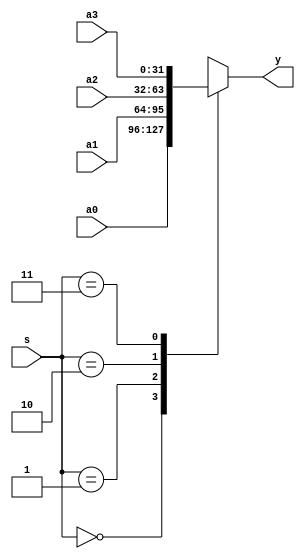
module mux4x32(a0,a1,a2,a3,s, y);
    input [31:0] a0,a1,a2,a3;
    input [1:0] s;
    output [31:0] y;

    function [31:0] select;
        input [31:0] a0,a1,a2,a3;
        input [1:0] s;
        case (s)
            2'b00: select = a0;
            2'b01: select = a1;
            2'b10: select = a2;
            2'b11: select = a3;
        endcase
    endfunction

    assign y = select(a0,a1,a2,a3,s);
endmodule